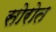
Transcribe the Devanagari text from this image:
सोरोत